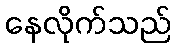
နေလိုက်သည်